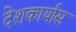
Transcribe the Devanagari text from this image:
देशकार्यास